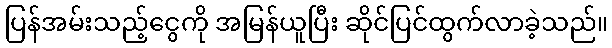
ပြန်အမ်းသည့်ငွေကို အမြန်ယူပြီး ဆိုင်ပြင်ထွက်လာခဲ့သည်။